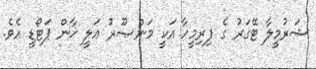
ޝަރުމީލާ ޓޭގަރު ގެ ފިރިމީހާ އަކީ މަންޞޫރު ޢަލީ ޚާން ޕަޓޯޑީ އެވެ.